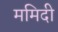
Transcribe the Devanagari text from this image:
ममिदी